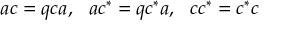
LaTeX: a c = q c a , ~ ~ a c ^ { * } = q c ^ { * } a , ~ ~ c c ^ { * } = c ^ { * } c